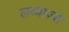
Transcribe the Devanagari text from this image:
लव्वाज़्ये